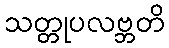
သတ္တုပလဗ္ဘတိ